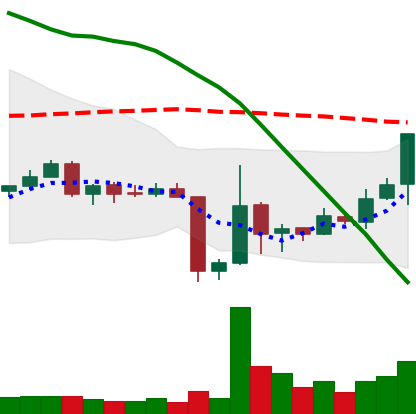
Ticker: ETC-USD
Chart end date: 2018-06-20
Forward return: -8.306%
Label: down_7plus